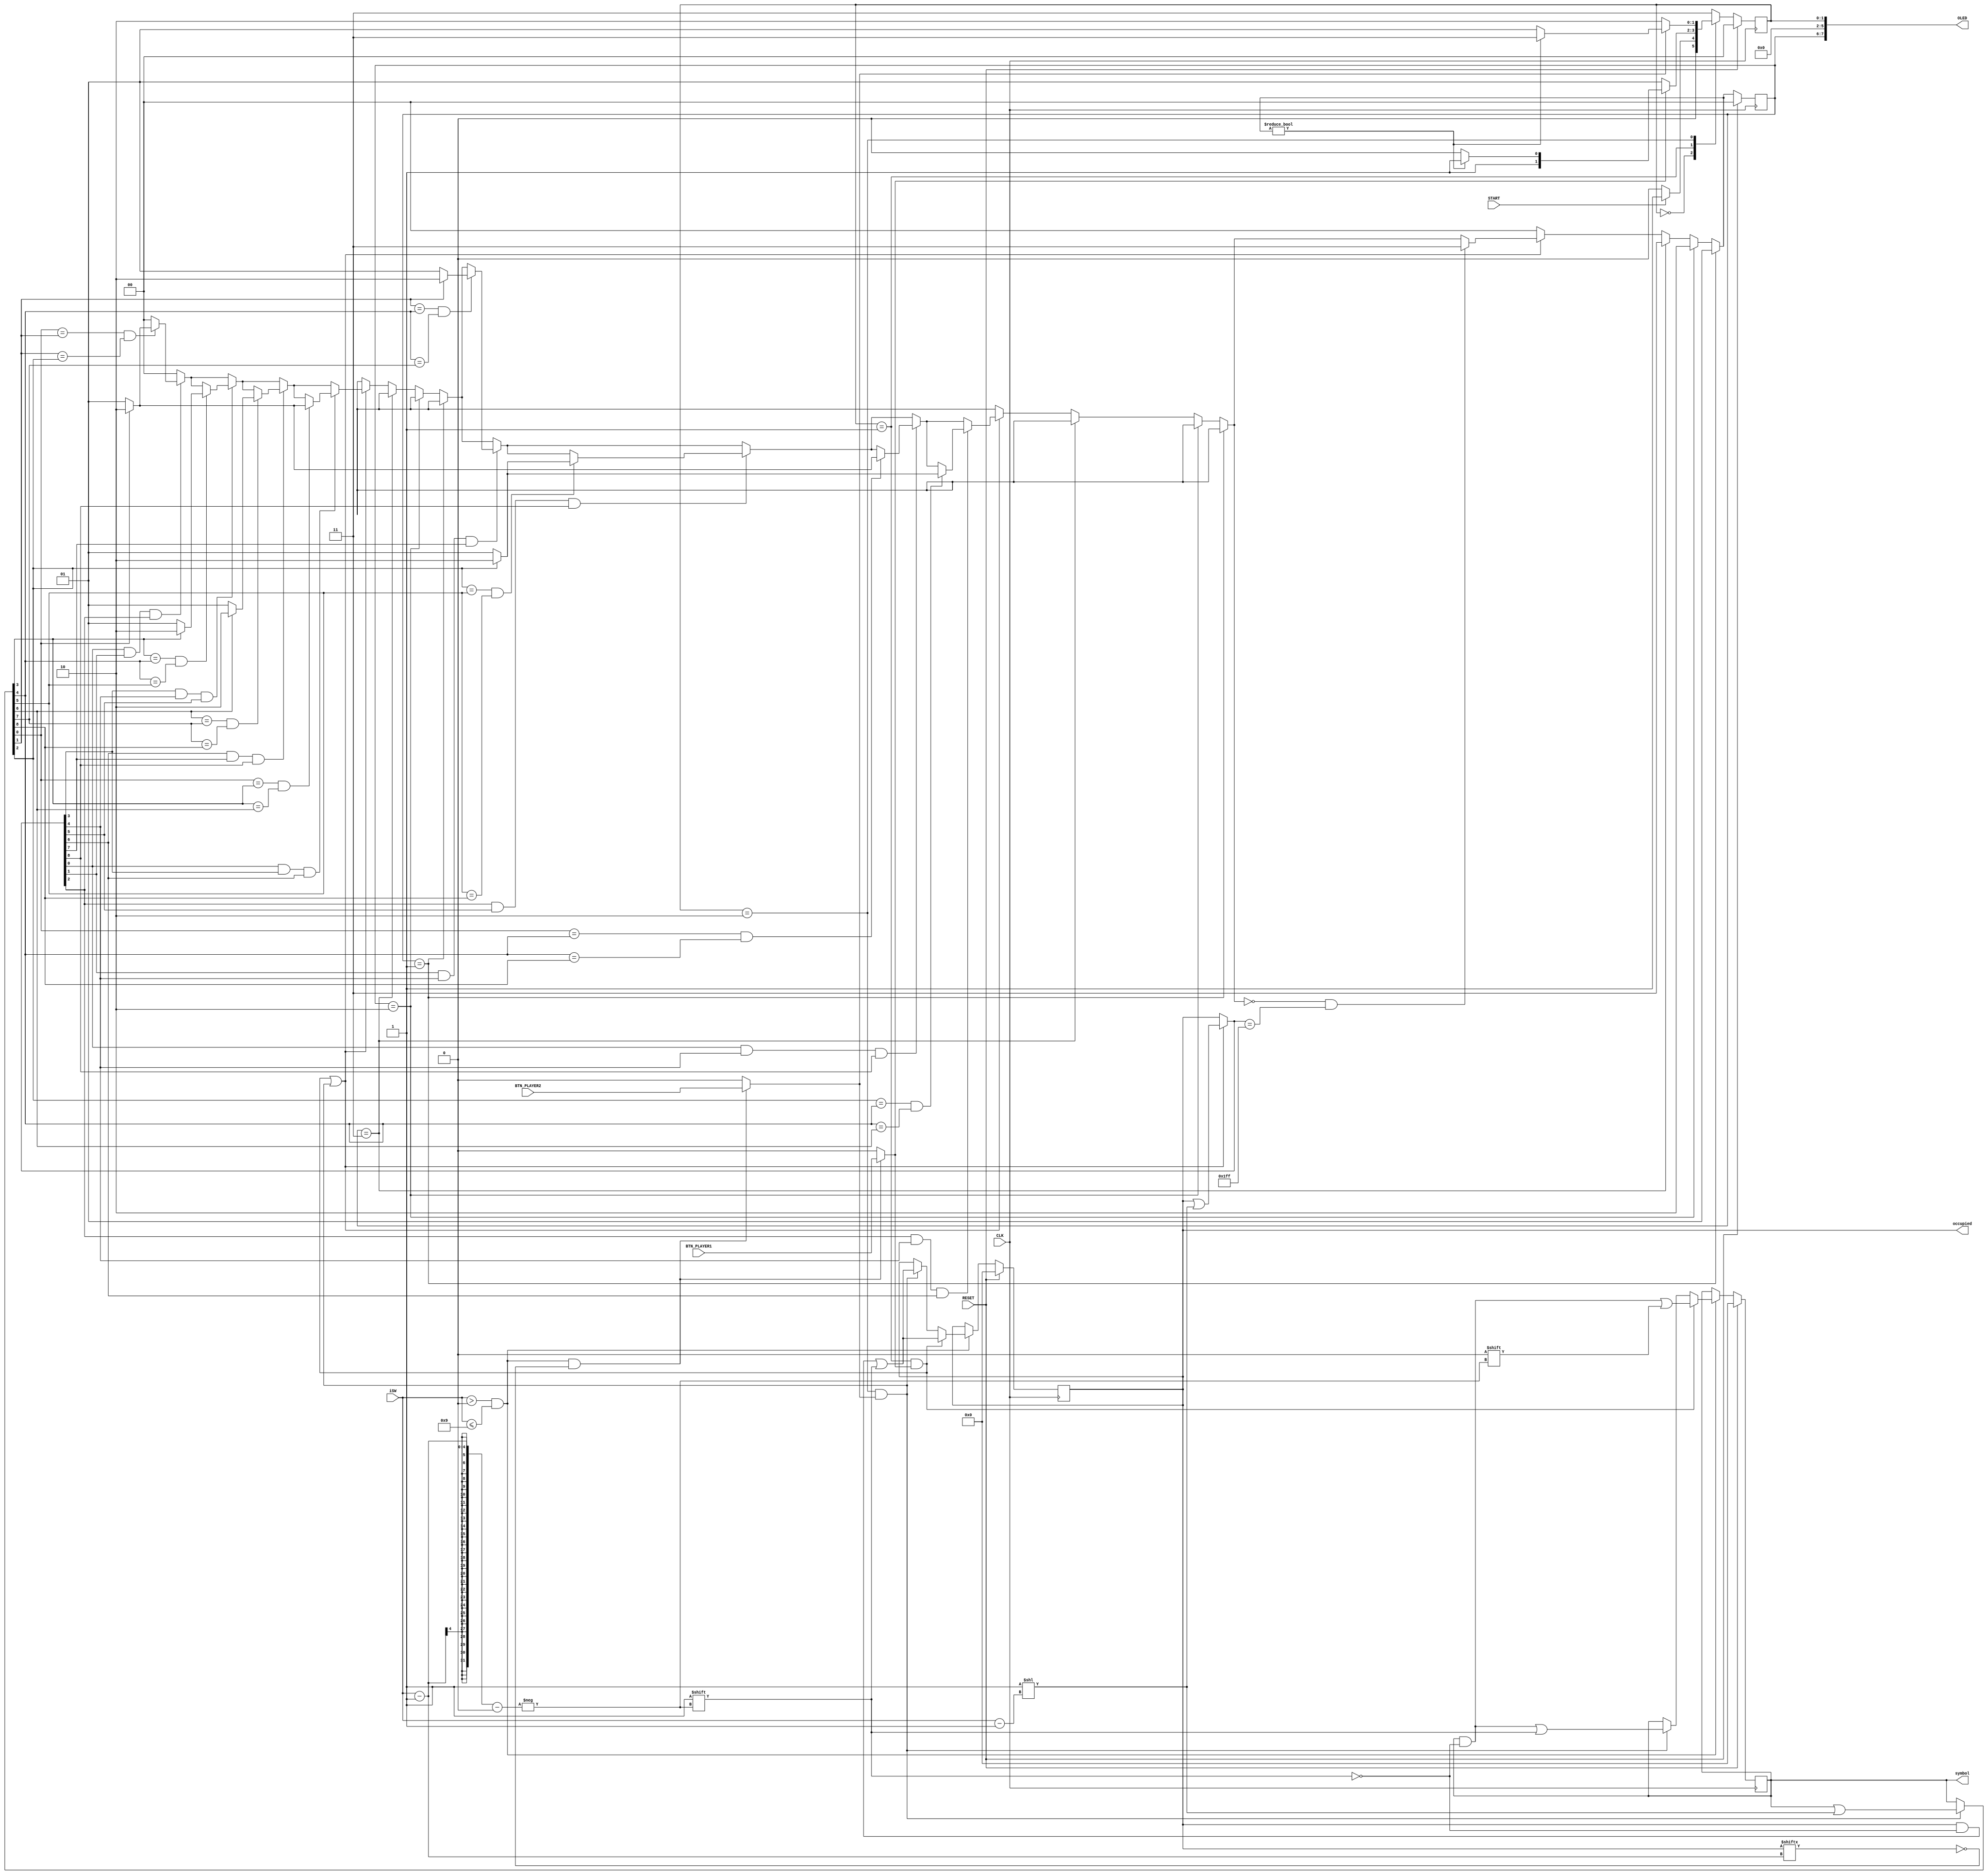
module state_control(
	input CLK, START, RESET, BTN_PLAYER1, BTN_PLAYER2,
	input [3:0] iSW,
	output [7:0] OLED,
	output reg [8:0] occupied,
	output reg [8:0] symbol
);

// state parameter
localparam IDLE = 2'd0;
localparam PLAYER1 = 2'd1;
localparam PLAYER2 = 2'd2;
localparam FINISH = 2'd3;
// win parameter
localparam NO_WIN = 2'd0;
localparam PLAYER1_WIN = 2'd1;
localparam PLAYER2_WIN = 2'd2;
localparam DRAW_GAME = 2'd3;



reg [1:0] WIN, state;
reg [1:0] next_win, next_state;

assign OLED = {WIN, 4'b0, state};

always @(posedge CLK)
begin
	if (RESET) begin
		state <= IDLE;
		WIN <= NO_WIN;
	end else begin
		state <= next_state;
		WIN <= next_win;
	end
end


// Drawing check.
reg py1_draw, py2_draw;
always @(*)
begin
	if (iSW > 0 && iSW <= 9 && ~occupied[iSW-1]) begin
		py1_draw = BTN_PLAYER1;
		py2_draw = BTN_PLAYER2;
	end else begin
		py1_draw = 1'b0;
		py2_draw = 1'b0;
	end
end

// Board drawing.
always @(posedge CLK)
begin
	if (RESET) begin
		occupied = 9'b0;
		symbol = 9'b0;
	end else if (iSW > 0 && iSW <= 9) begin
		if (state == PLAYER1 && py1_draw) begin
			occupied[iSW-1] = 1'b1;
			symbol[iSW-1] = 1'b0;
		end else if (state == PLAYER2 && py2_draw) begin
			occupied[iSW-1] = 1'b1;
			symbol[iSW-1] = 1'b1;
		end
	end
end

reg [8:0] next_occupied, next_symbol;


always @(*)
begin
	next_occupied = occupied;
	next_symbol = symbol;
	if ((state == PLAYER1 && py1_draw) || (state == PLAYER2 && py2_draw))
		next_occupied = occupied | (1'b1 << (iSW-1'b1));
	if (state == PLAYER2 && py2_draw)
		next_symbol = symbol | (1'b1 << (iSW-1'b1));
end

// Wining check.
always @(*)
begin
	if (WIN == PLAYER1_WIN)
		next_win = PLAYER1_WIN;
	else if (WIN == PLAYER2_WIN)
		next_win = PLAYER2_WIN;
	else if (WIN == DRAW_GAME)
		next_win = DRAW_GAME;
	else begin
		next_win = NO_WIN;
		if ((state == PLAYER1 && py1_draw) || (state == PLAYER2 && py2_draw)) begin
			if (next_occupied[0] && next_occupied[1] && next_occupied[2])
				if (next_symbol[0] == next_symbol[1] && next_symbol[1] == next_symbol[2])
					if (next_symbol[0])
						next_win = PLAYER2_WIN;
					else
						next_win = PLAYER1_WIN;

			if (next_occupied[3] && next_occupied[4] && next_occupied[5])
				if (next_symbol[3] == next_symbol[4] && next_symbol[4] == next_symbol[5])
					if (next_symbol[3])
						next_win = PLAYER2_WIN;
					else
						next_win = PLAYER1_WIN;

			if (next_occupied[6] && next_occupied[7] && next_occupied[8])
				if (next_symbol[6] == next_symbol[7] && next_symbol[7] == next_symbol[8])
					if (next_symbol[6])
						next_win = PLAYER2_WIN;
					else
						next_win = PLAYER1_WIN;

			if (next_occupied[0] && next_occupied[3] && next_occupied[6])
				if (next_symbol[0] == next_symbol[3] && next_symbol[3] == next_symbol[6])
					if (next_symbol[0])
						next_win = PLAYER2_WIN;
					else
						next_win = PLAYER1_WIN;

			if (next_occupied[1] && next_occupied[4] && next_occupied[7])
				if (next_symbol[1] == next_symbol[4] && next_symbol[4] == next_symbol[7])
					if (next_symbol[1])
						next_win = PLAYER2_WIN;
					else
						next_win = PLAYER1_WIN;

			if (next_occupied[2] && next_occupied[5] && next_occupied[8])
				if (next_symbol[2] == next_symbol[5] && next_symbol[5] == next_symbol[8])
					if (next_symbol[2])
						next_win = PLAYER2_WIN;
					else
						next_win = PLAYER1_WIN;

			if (next_occupied[0] && next_occupied[4] && next_occupied[8])
				if (next_symbol[0] == next_symbol[4] && next_symbol[4] == next_symbol[8])
					if (next_symbol[0])
						next_win = PLAYER2_WIN;
					else
						next_win = PLAYER1_WIN;

			if (next_occupied[2] && next_occupied[4] && next_occupied[6])
				if (next_symbol[2] == next_symbol[4] && next_symbol[4] == next_symbol[6])
					if (next_symbol[2])
						next_win = PLAYER2_WIN;
					else
						next_win = PLAYER1_WIN;

			if (next_win == NO_WIN && next_occupied == 9'b111111111)
				next_win = DRAW_GAME;
		end
	end

end

// State control.
always @(*)
begin
	case (state)
		IDLE:
			if (START)
				next_state = PLAYER1;
			else
				next_state = IDLE;
		PLAYER1:
			if (py1_draw)
				if (next_win)
					next_state = FINISH;
				else
					next_state = PLAYER2;

			else
				next_state = PLAYER1;
		PLAYER2:
			if (py2_draw)
				if (next_win)
					next_state = FINISH;
				else
					next_state = PLAYER1;
			else
				next_state = PLAYER2;
		default: next_state = FINISH;
	endcase
end


endmodule